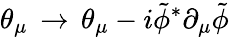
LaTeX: \theta_{\mu}\, \to\, \theta_{\mu}-i{\tilde{\phi}}^{*}\partial_{\mu}{\tilde{\phi}}